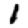
Digit: 1